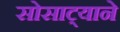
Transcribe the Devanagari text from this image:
सोसाट्याने